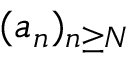
( a _ { n } ) _ { n \geq N }